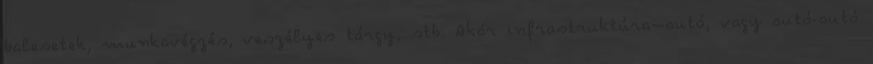
balesetek, munkavégzés, veszélyes tárgy, stb. Akár infrastruktúra–autó, vagy autó-autó